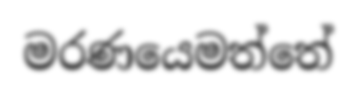
මරණයෙමත්තේ